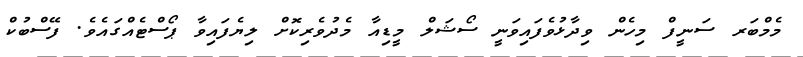
މެމްބަރ ސަނީފް މިހެން ވިދާޅުވެފައިވަނީ ސޯޝަލް މީޑިއާ މެދުވެރިކޮށް ލިޔެފައިވާ ޕޯސްޓެއްގައެވެ. ފޭސްބުކް